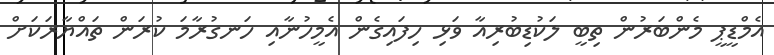
އެމްޑީޕީ މެންބަރުން ތިބީ ލަކުޑިބުރިއާ ވަޅި ހިފައިގެން އެމީހުނާއި ހަނގުރާމަ ކުރަން ތައްޔާރަކަށް